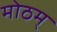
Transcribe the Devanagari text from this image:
मोठम्‌